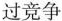
过竞争